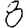
Digit: 8